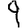
Digit: 9